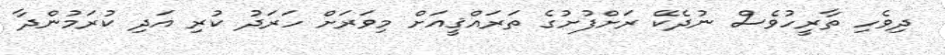
ދިވެހި ތާރީހުވެސް ނުދެކޭ ރަށްފުށުގެ ތަރައްޤީއަށް މިވަރަށް ހަރަދު ކުރި އަދި ކުރަމުންދާ